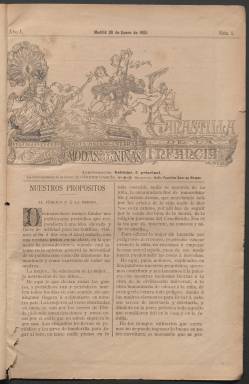
Título: La Canastilla de la infancia
Colección: Revistas femeninas || Moda
Ámbito geográfico: Madrid
Lugar de publicación: Madrid
Fechas: 28/01/1893-21/01/1894